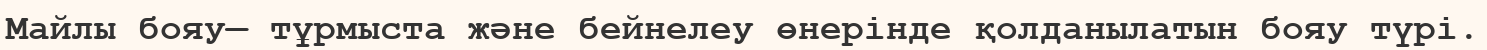
Майлы бояу— тұрмыста және бейнелеу өнерінде қолданылатын бояу түрі.